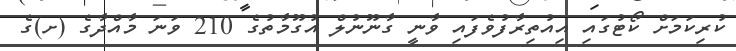
ކުރިކަމަށް ކޯޓުގައި އިއުތިރާފުވެފައި ވާނީ ގާނޫނުލް އުގޫމާތުގެ 210 ވަނަ މާއްދާގެ (ށ)ގެ